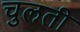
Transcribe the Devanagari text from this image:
चुलती